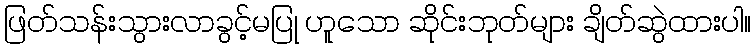
ဖြတ်သန်းသွားလာခွင့်မပြု ဟူသော ဆိုင်းဘုတ်များ ချိတ်ဆွဲထားပါ။